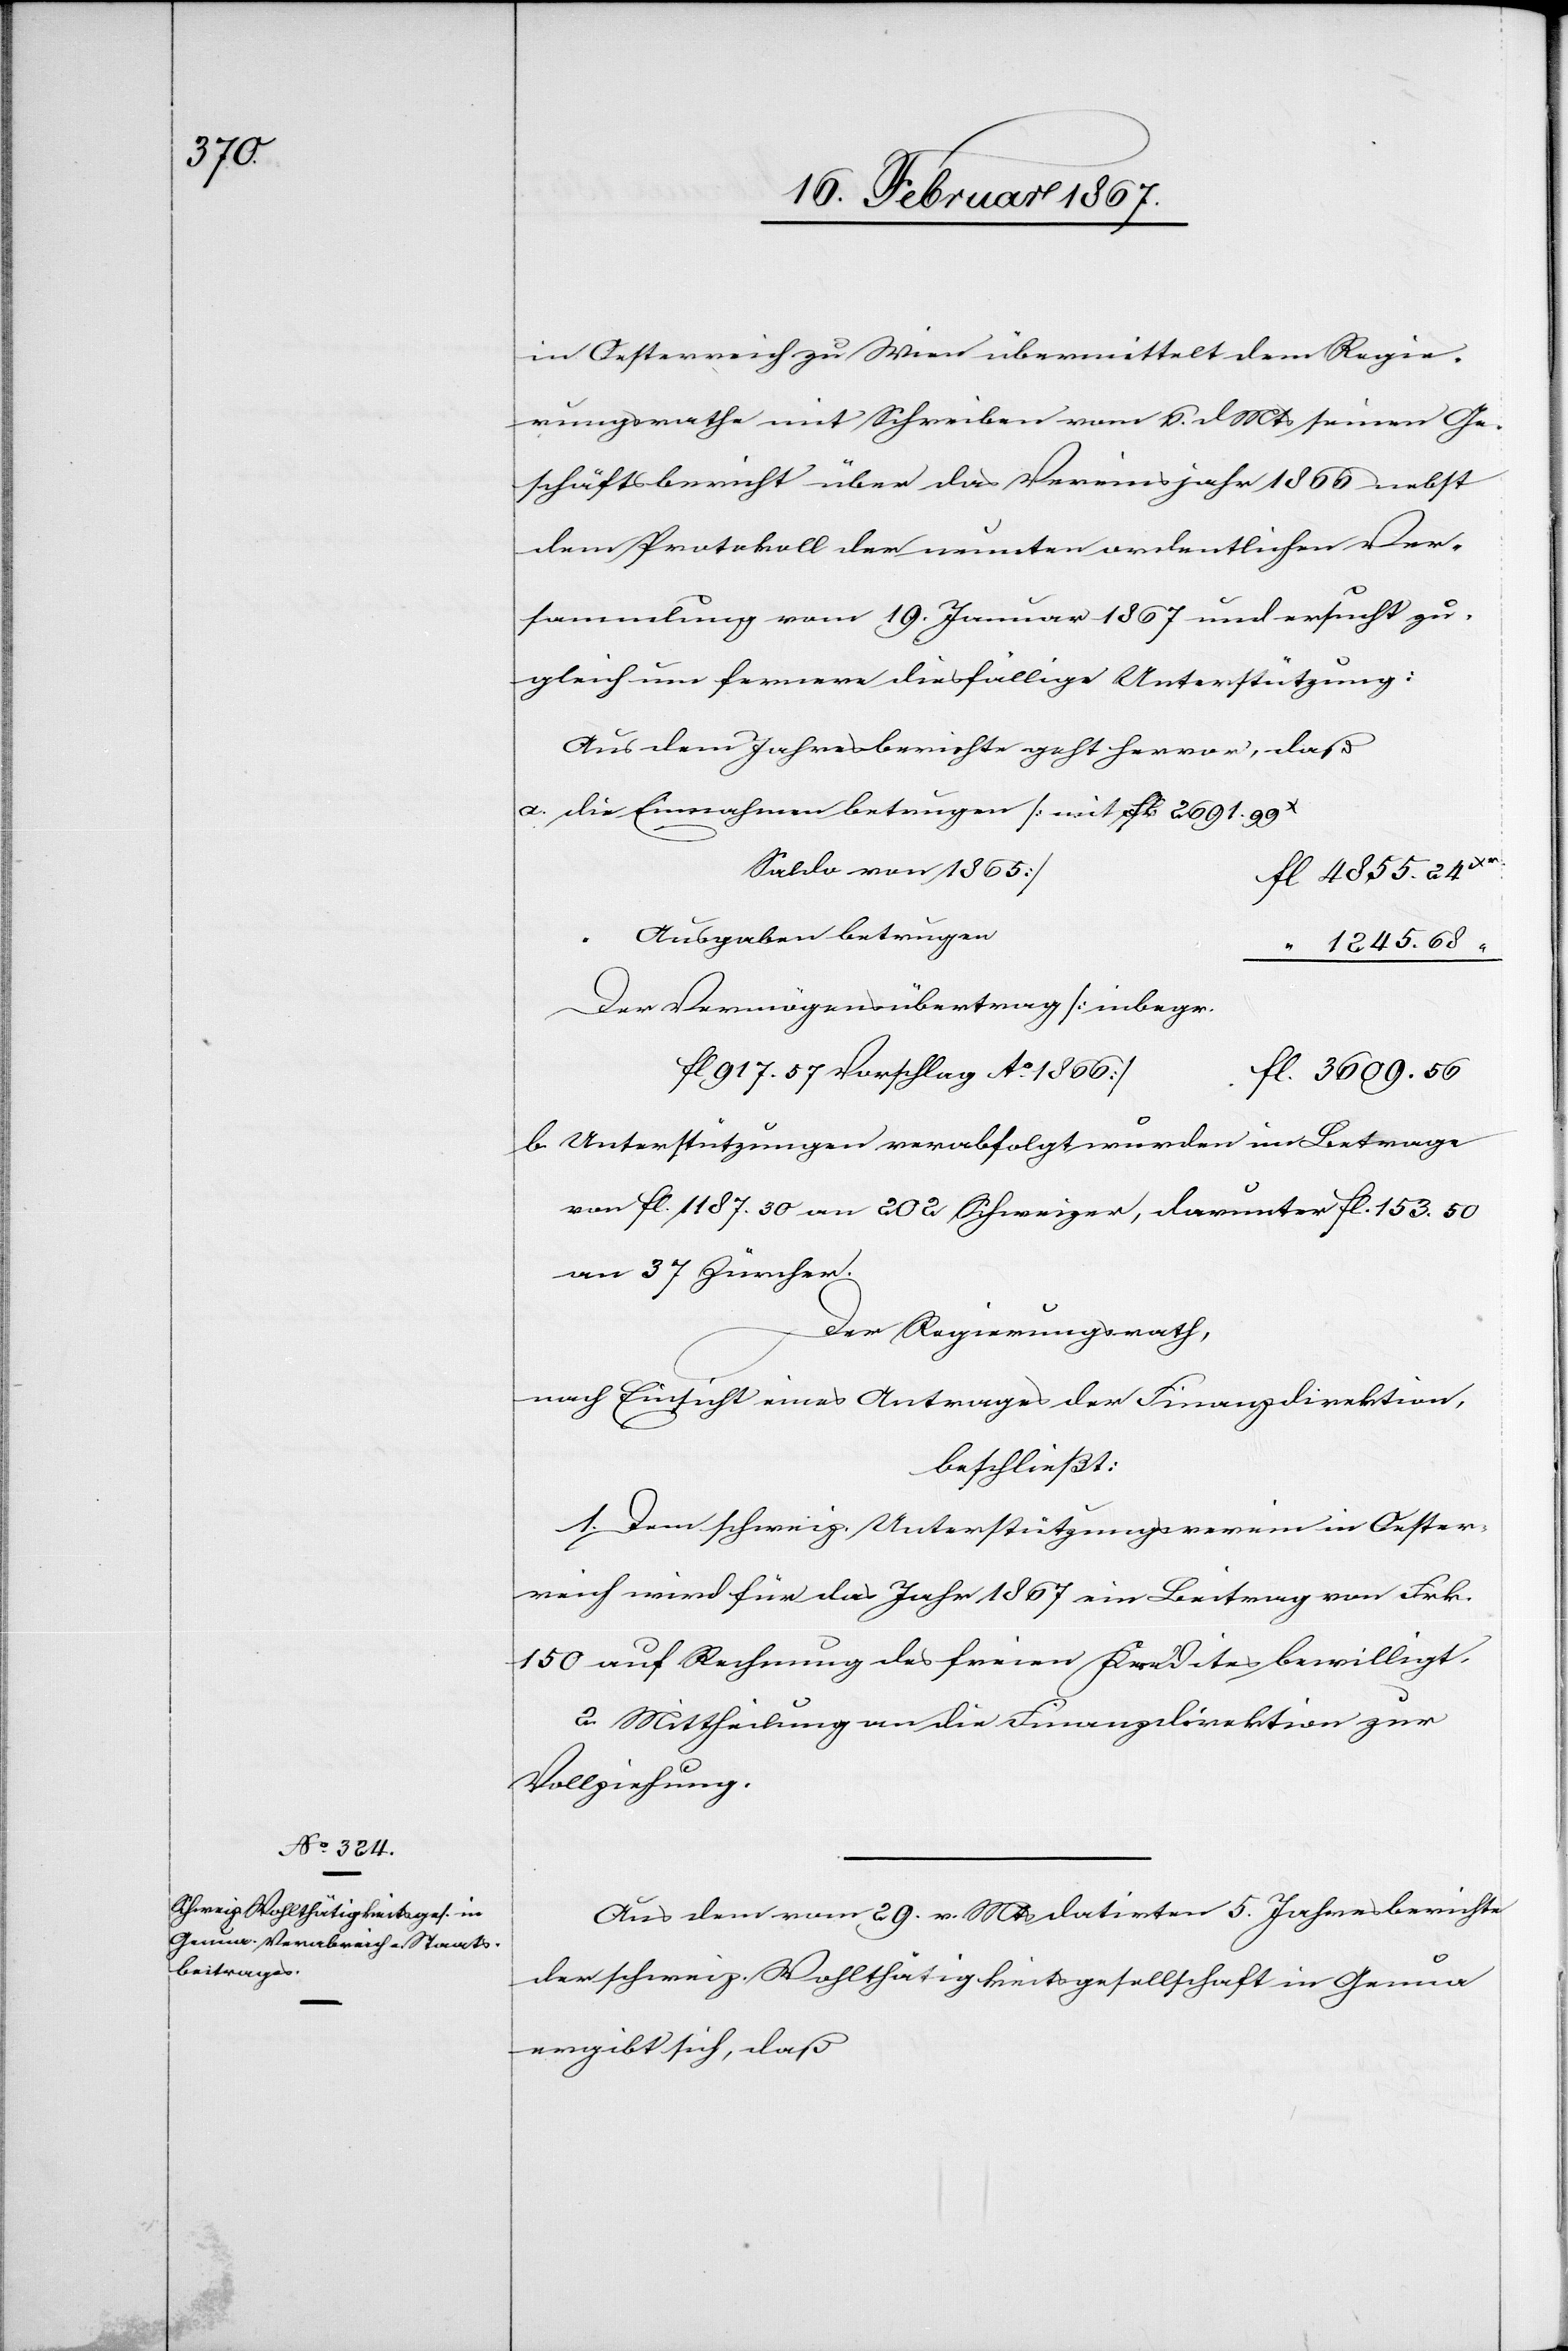
in Oesterreich zu Wien übermittelt dem Regie¬
rungsrathe mit Schreiben vom 6. d. Mts seinen Ge¬
schäftsbericht über das Vereinsjahr 1866 nebst
dem Protokoll der neunten ordentlichen Ver¬
sammlung vom 19. Januar 1867 und ersucht zu¬
gleich um fernere diesfällige Unterstützung:
Aus dem Jahresberichte geht hervor, daß
a.	die Einnahmen betrugen [mit fl 2691. 99x
Saldo von 1865]		f¬
l 4855.24xr
“
1245.68 “
Der Vermögensübertrag [inbegr.
fl 917.57 Vorschlag Ao. 1866]
fl. 3609.56
b. Unterstützungen verabfolgt wurden im Betrage
von fl. 1187.30 an 202 Schweizer, darunter fl. 153.50
an 37 Zürcher.
Der Regierungsrath,
nach Einsicht eines Antrages der Finanzdirektion,
beschließt:
1. Dem schweiz. Unterstützungsverein in Oester¬
reich wird für das Jahr 1867 ein Beitrag von Frk.
150 auf Rechnung des freien Kredites bewilligt.
2. Mittheilung an die Finanzdirektion zur
Vollziehung.
Aus dem vom 29. v. Mts datirten 5. Jahresberichte
der schweiz. Wohlthätigkeitsgesellschaft in Genua
ergibt sich, daß